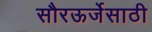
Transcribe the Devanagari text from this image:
सौरऊर्जेसाठी